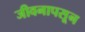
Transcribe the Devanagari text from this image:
जीवनापसून